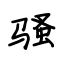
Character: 骚